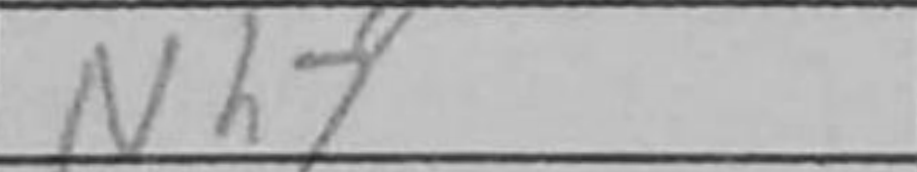
Transcription: Nh7